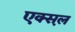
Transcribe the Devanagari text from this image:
एक्स़ल